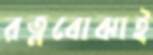
রত্নবোঝাই